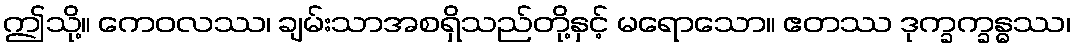
ဤသို့။ ကေဝလဿ၊ ချမ်းသာအစရှိသည်တို့နှင့် မရောသော။ ဧတဿ ဒုက္ခက္ခန္ဓဿ၊